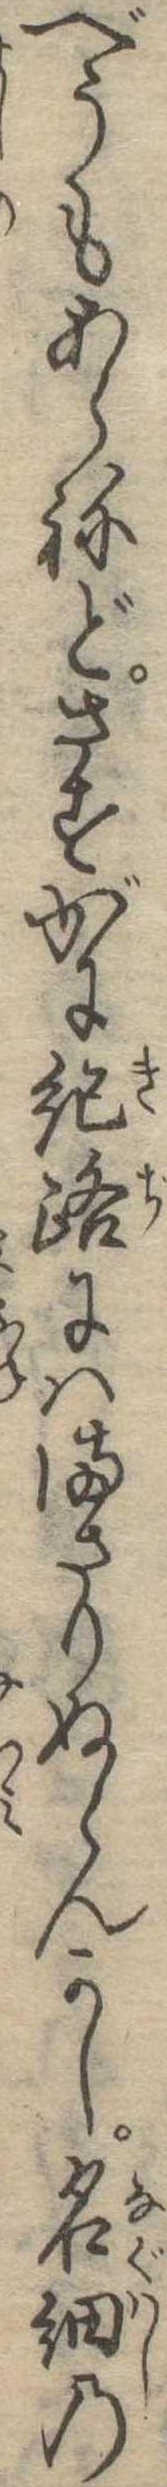
べうもあらねどさすがに紀路にはまさりぬらんかし名細の